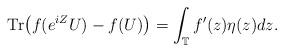
LaTeX: \begin{align*}{\rm Tr}\bigl(f(e^{iZ}U)-f(U)\bigr)=\int_{\mathbb T} f'(z) \eta(z) dz.\end{align*}